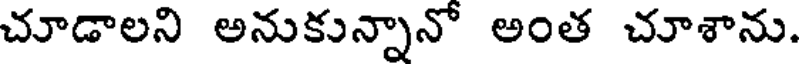
చూడాలని అనుకున్నానో అంత చూశాను.